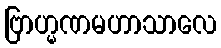
ဗြာဟ္မဏမဟာသာလေ